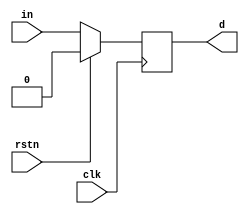

/* Implementation of Flip flop d */
module ffd(input clk, input rstn, input in, output  d);
reg mem;
assign d = mem;
// Sync reset type, the type of reset is dependant on the arch
// of the Logic block RTFM
always @(posedge clk) begin
    if (!rstn) begin
        mem <= in;
    end else begin
        mem <= 1'b0;
    end
end

endmodule /* ffd */